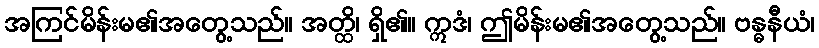
အကြင်မိန်းမ၏အတွေ့သည်။ အတ္ထိ၊ ရှိ၏။ ဣဒံ၊ ဤမိန်းမ၏အတွေ့သည်။ ဗန္ဓနီယံ၊